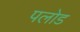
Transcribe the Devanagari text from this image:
पलोड